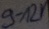
Text: 9-12V